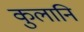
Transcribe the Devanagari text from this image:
कुलानि